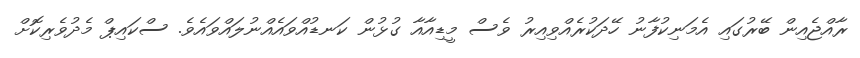
ރާއްޖެއިން ބޭރުގައި އެމަނިކުފާނު ހޭދަކުރެއްވިއިރު ވެސް މީޑިއާއާ ގުޅުން ކަނޑުއްވައެއްނުލައްވައެވެ. ސްކައިޕް މެދުވެރިކޮށް